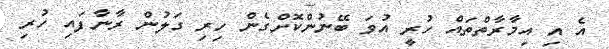
އެ އި އިމާރާތްތައް ހުރީ އުވަ ބޭނުންކޮށްގެން ހިރި ގަލުން ރާނާފައި ހުރި